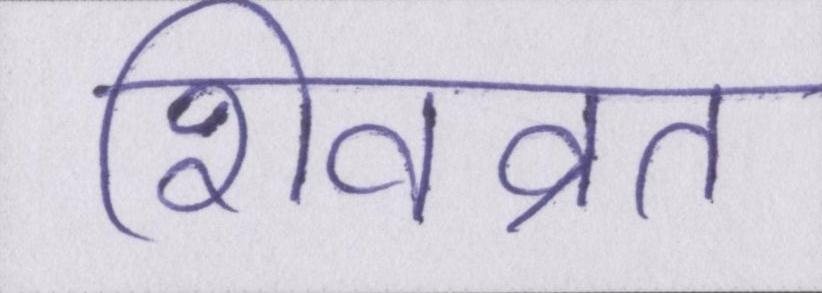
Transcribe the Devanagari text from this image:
शिवव्रत